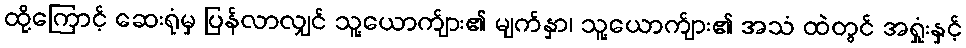
ထို့ကြောင့် ဆေးရုံမှ ပြန်လာလျှင် သူ့ယောက်ျား၏ မျက်နှာ၊ သူ့ယောက်ျား၏ အသံ ထဲတွင် အရှုံးနှင့်